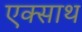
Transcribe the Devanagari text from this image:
एक्साथ